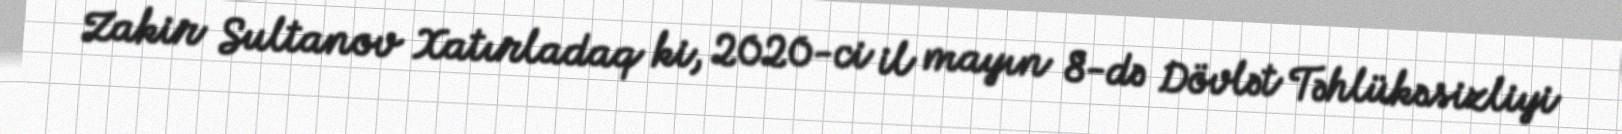
Zakir Sultanov Xatırladaq ki, 2020-ci il mayın 8-də Dövlət Təhlükəsizliyi